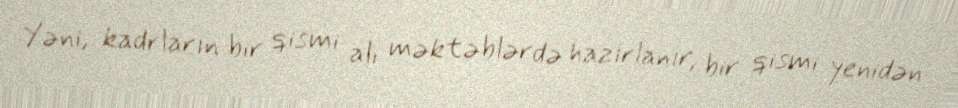
Yəni, kadrların bir qismi ali məktəblərdə hazırlanır, bir qismi yenidən